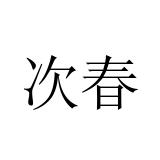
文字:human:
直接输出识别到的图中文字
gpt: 次春